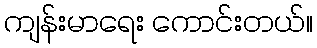
ကျန်းမာရေး ကောင်းတယ်။